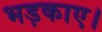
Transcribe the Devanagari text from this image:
भड़काए।